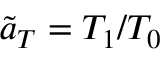
\widetilde { a } _ { T } = T _ { 1 } / T _ { 0 }